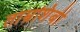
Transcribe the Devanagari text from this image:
ताम्रशिंबी